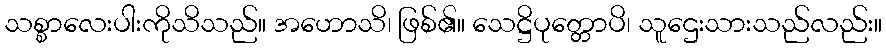
သစ္စာလေးပါးကိုသိသည်။ အဟောသိ၊ ဖြစ်၏။ သေဋ္ဌိပုတ္တောပိ၊ သူဌေးသားသည်လည်း။